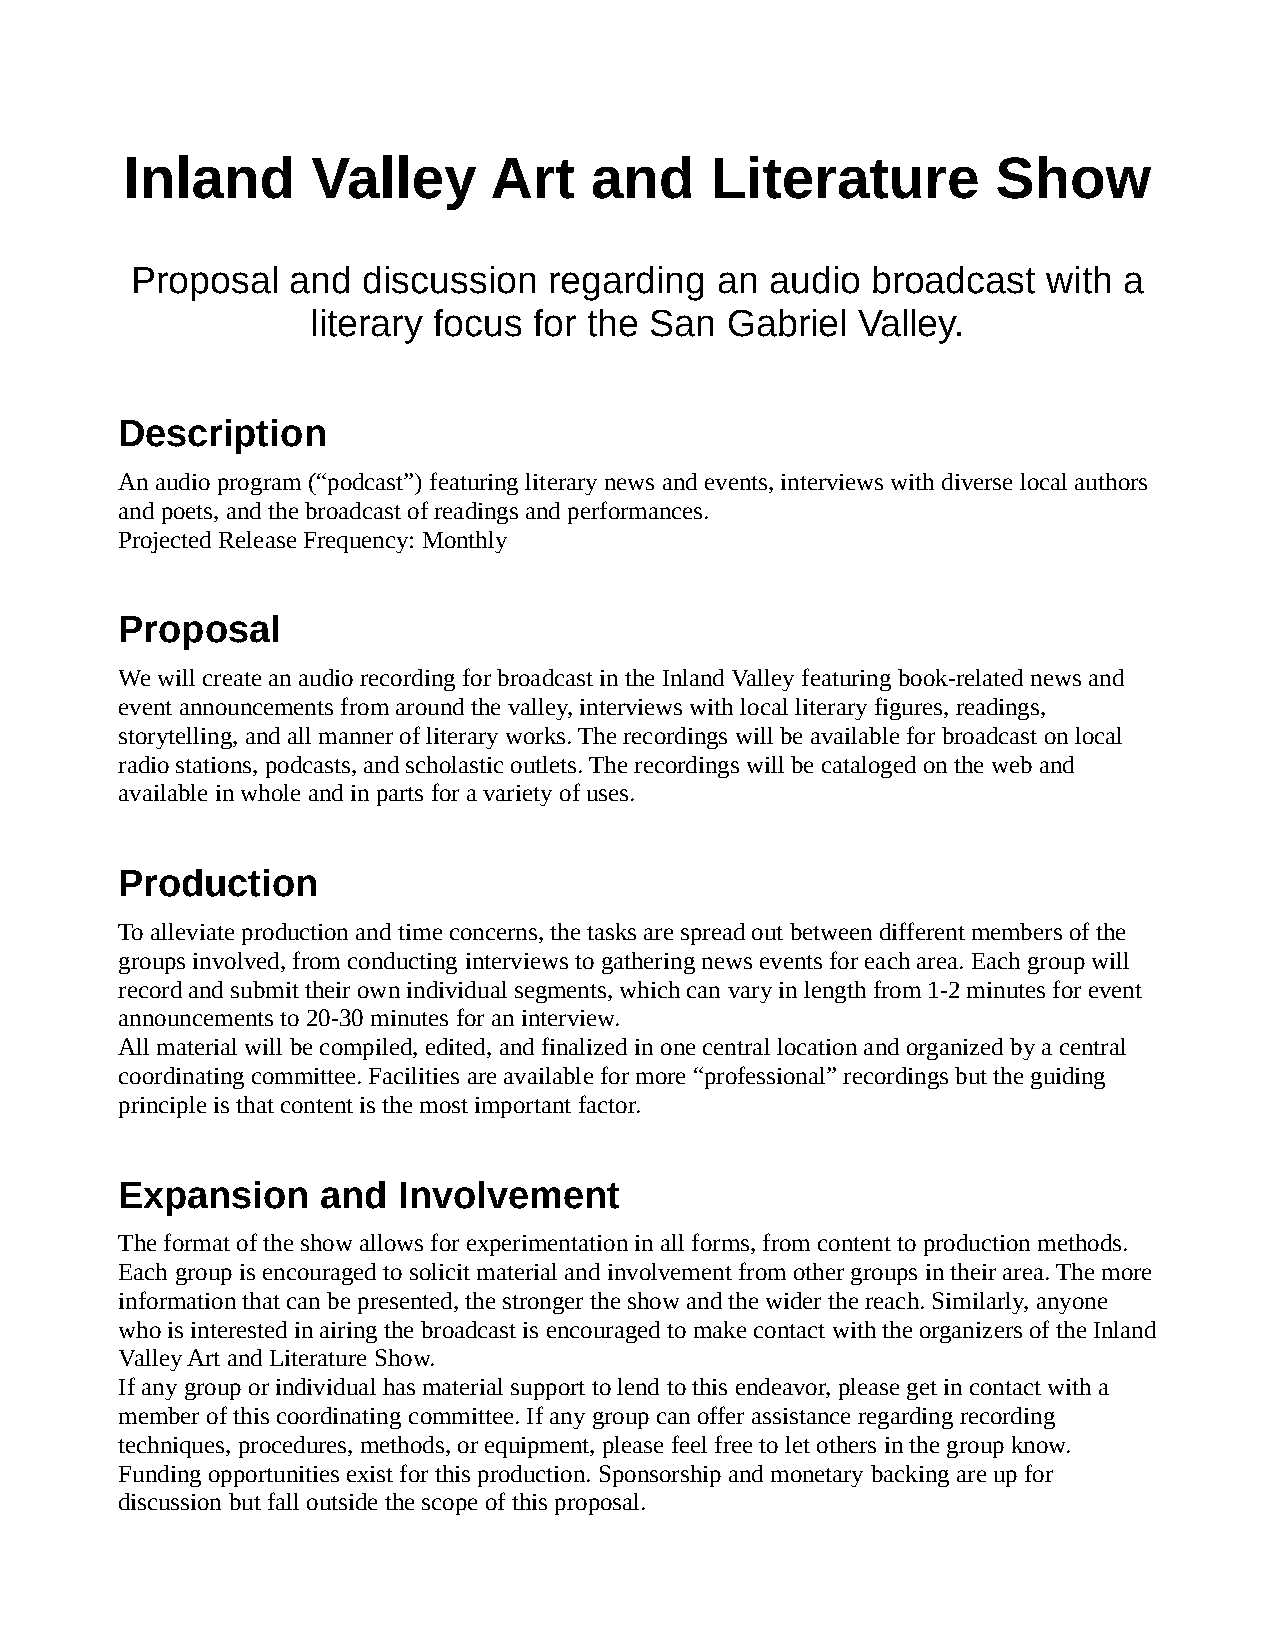
Inland       Valley     Art    and     Literature         Show
 Proposal  and  discussion  regarding  an  audio  broadcast  with a
 literary focus for the San Gabriel  Valley.
 Description
 An audio program (“podcast”) featuring literary news and events, interviews with diverse local authors
 and poets, and the broadcast of readings and performances.
 Projected Release Frequency: Monthly
 Proposal
 We will create an audio recording for broadcast in the Inland Valley featuring book-related news and
 event announcements from around the valley, interviews with local literary figures, readings,
 storytelling, and all manner of literary works. The recordings will be available for broadcast on local
 radio stations, podcasts, and scholastic outlets. The recordings will be cataloged on the web and
 available in whole and in parts for a variety of uses.
 Production
 To alleviate production and time concerns, the tasks are spread out between different members of the
 groups involved, from conducting interviews to gathering news events for each area. Each group will
 record and submit their own individual segments, which can vary in length from 1-2 minutes for event
 announcements to 20-30 minutes for an interview.
 All material will be compiled, edited, and finalized in one central location and organized by a central
 coordinating committee. Facilities are available for more “professional” recordings but the guiding
 principle is that content is the most important factor.
 Expansion    and  Involvement
 The format of the show allows for experimentation in all forms, from content to production methods.
 Each group is encouraged to solicit material and involvement from other groups in their area. The more
 information that can be presented, the stronger the show and the wider the reach. Similarly, anyone
 who is interested in airing the broadcast is encouraged to make contact with the organizers of the Inland
 Valley Art and Literature Show.
 If any group or individual has material support to lend to this endeavor, please get in contact with a
 member of this coordinating committee. If any group can offer assistance regarding recording
 techniques, procedures, methods, or equipment, please feel free to let others in the group know.
 Funding opportunities exist for this production. Sponsorship and monetary backing are up for
 discussion but fall outside the scope of this proposal.